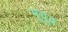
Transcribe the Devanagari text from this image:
मुयुव